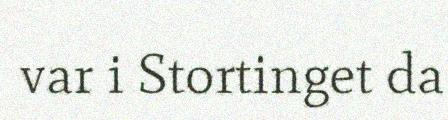
var i Stortinget da